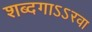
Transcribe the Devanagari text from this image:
शब्दगाऽऽरवा